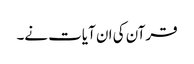
قرآن کی ان آیات نے۔